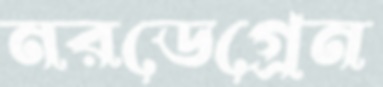
নরডেগ্রেন